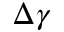
\Delta \gamma